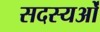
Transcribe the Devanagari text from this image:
सदस्यओं